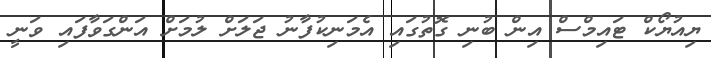
ޔިއުޔޯކް ޓައިމްސް އިން ބުނި ގޮތުގައި އެމަނިކުފާނު ޖަލަށް ލުމަށް އަންގަވާފައި ވަނީ